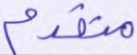
متقدم